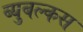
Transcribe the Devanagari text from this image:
ब्युबल्कस